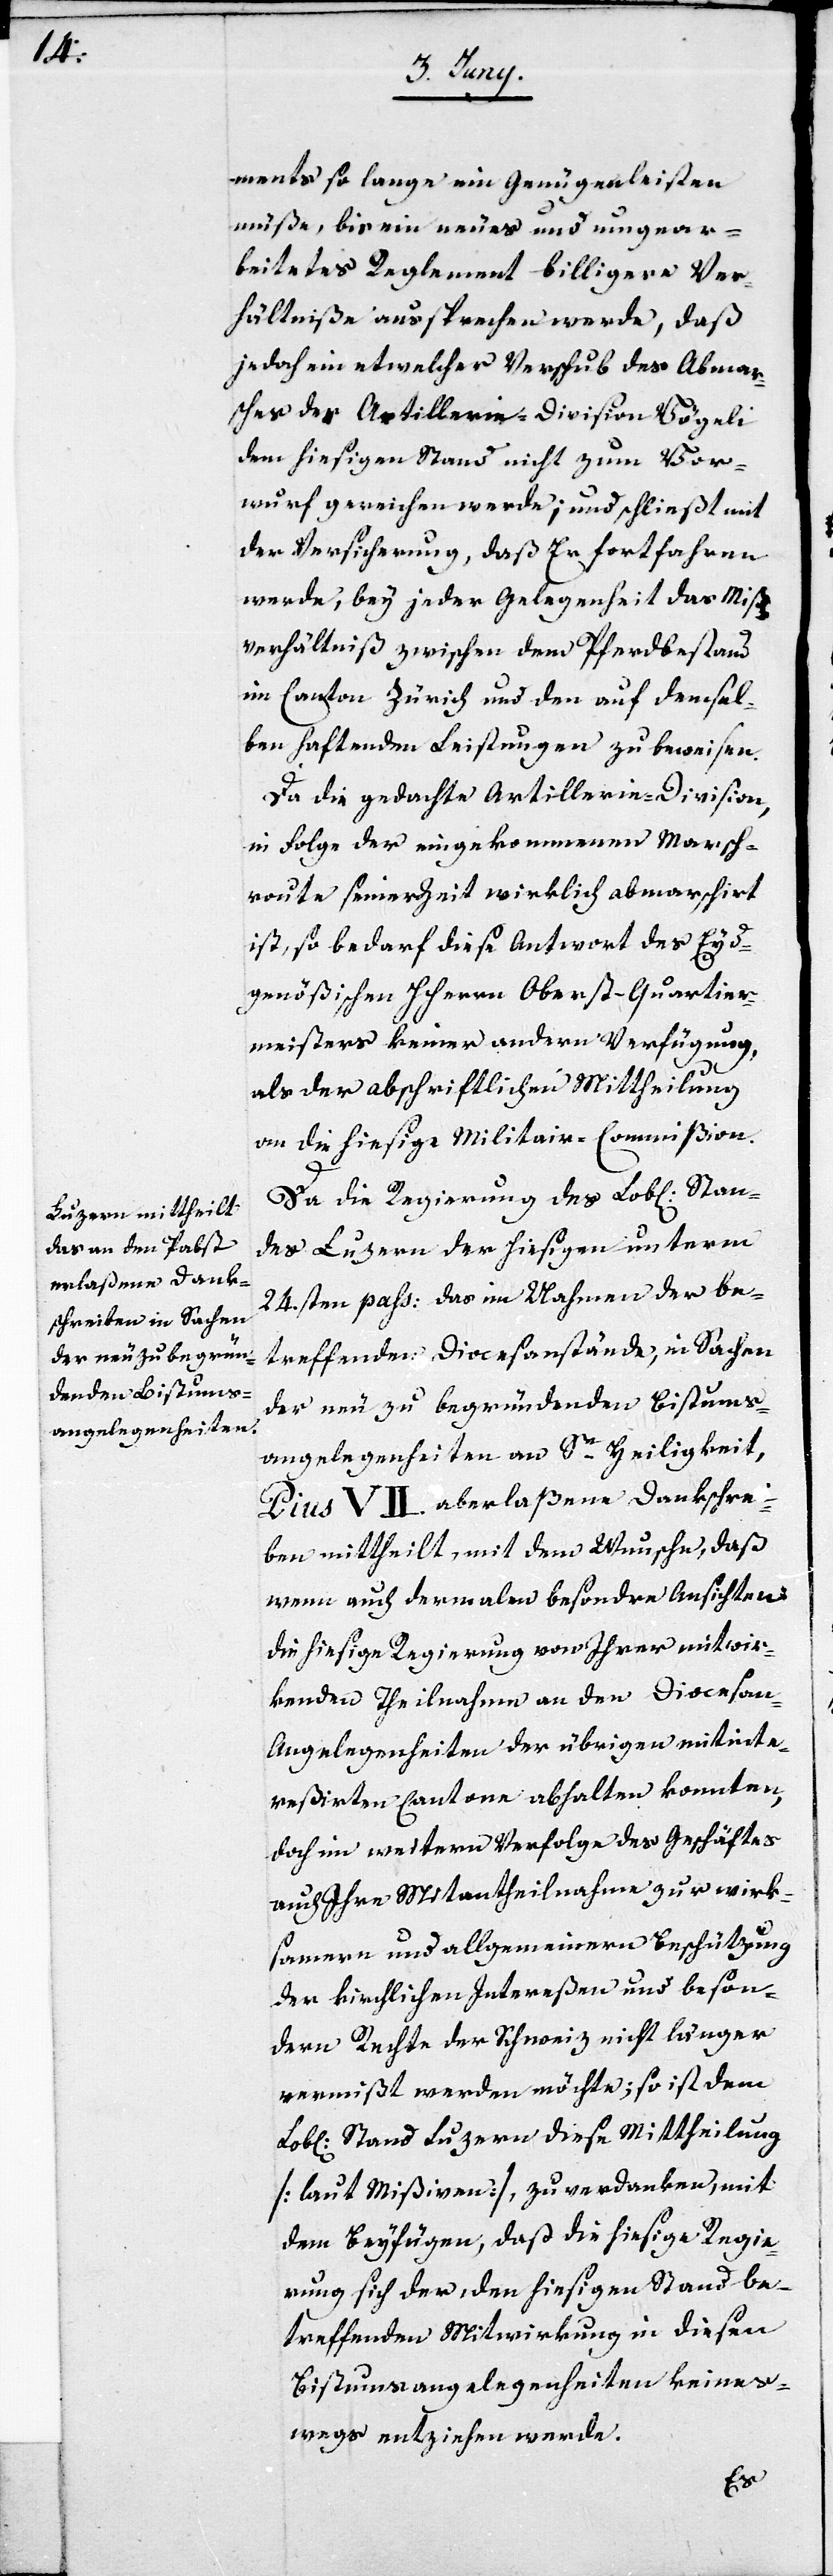
ments so lange ein Genügen leisten
müße, bis ein neues und umgear¬
beitetes Reglement billigere Ver¬
hältniße aussprechen werde, daß
jedoch ein etwelcher Verschub des Abmar¬
sches der Artillerie-Division Vögeli
dem hiesigen Stand nicht zum Vor¬
wurf gereichen werde; und schließt mit
der Versicherung, daß Er fortfahren
werde, bey jeder Gelegenheit das Miß¬
verhältniß zwischen dem Pferdebestand
im Canton Zürich und den auf demsel¬
ben haftenden Leistungen zu beweisen.
Da die gedachte Artillerie-Division,
in Folge der eingekommenen Marsch¬
route seiner Zeit wirklich abmarschirt
ist, so bedarf diese Antwort des Eyd¬
genößischen HHerrn Oberst-Quartier¬
meisters keiner andere Verfügung,
als der abschriftlichen Mittheilung
an die hiesige Militair-Commißion.
Da die Regierung des Lobl[ichen]
des Luzern der hiesigen unterm
24.sten pass. das im Nahmen der be¬
treffenden Diocesanstände, in Sachen
der neu zu begründenden Bistums¬
angelegenheiten an Se Heiligkeit
Pius VII. aberlaßene Dankschrei¬
ben mittheilt, mit dem Wunsche, daß
wenn auch dermalen besondre Ansichten
die hiesige Regierung von Ihrer mitwir¬
kenden Theilnahme an den Diocesa¬
n-Angelegenheiten der übrigen mitinte¬
reßirten Cantone abhalten konnten,
doch im weitern Verfolge des Geschäftes
auch Ihre Mitantheilnahme zur wirk¬
samern und allgemeinern Beschützung
der kirchlichen Intereßen und beson¬
dern Rechte der Schweiz nicht länger
vermißt werden möchte; so ist dem
Stand Luzern diese Mittheilung
[laut Mißiven], zu verdanken, mit
dem Beyfügen, daß die hiesige Regie¬
rung sich der, den hiesigen Stand be¬
treffenden Mitwirkung in diesen
Bistumsangelegenheiten keines¬
wegs entziehen werde.
Stan¬